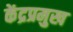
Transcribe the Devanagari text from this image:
केंद्रप्रमुख